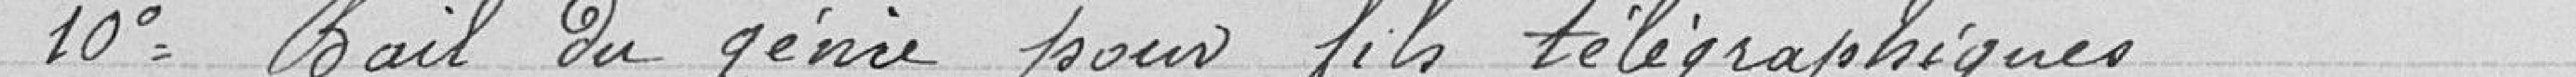
10° Bail du génie pour fils télégraphiques